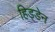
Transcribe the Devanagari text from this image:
हिड्डेन